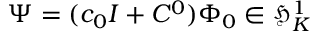
\Psi = ( c _ { 0 } I + C ^ { 0 } ) \Phi _ { 0 } \in \mathfrak { H } _ { K } ^ { 1 }